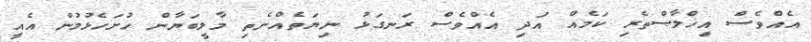
އެއްވެސް އިޚްލާޞްތެރި ކަމެއް އަދި އެއްވެސް ރަނގަޅު ނިޔަތެއްނެތި މާލީބަޔާން ހުށަހެޅުމުން އެއީ